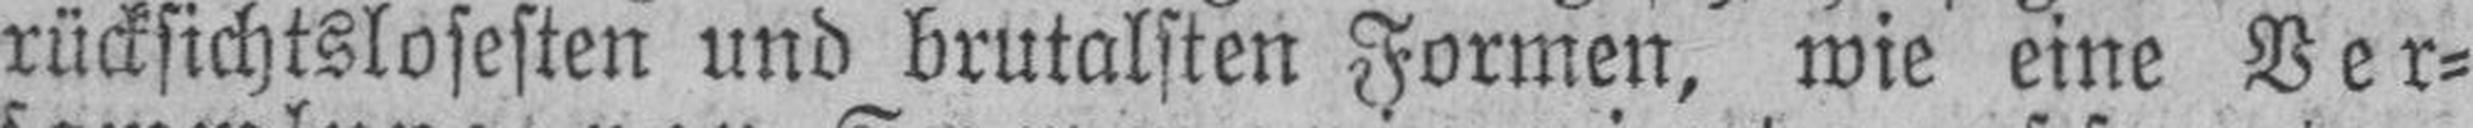
rücksichtslosesten und brutalsten Formen, wie eine Ver¬